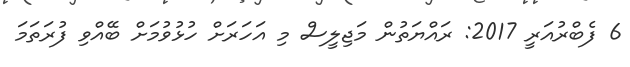
6 ފެބްރުއަރީ 2017: ރައްޔަތުން މަޖިލީސް މި އަހަރަށް ހުޅުވުމަށް ބޭއްވި ފުރަތަމަ